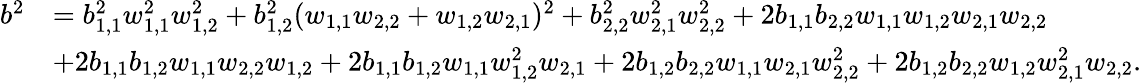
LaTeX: \begin{array}{rl}{b^{2}}&{=b_{1,1}^{2}w_{1,1}^{2}w_{1,2}^{2}+b_{1,2}^{2}(w_{1,1}w_{2,2}+w_{1,2}w_{2,1})^{2}+b_{2,2}^{2}w_{2,1}^{2}w_{2,2}^{2}+2b_{1,1}b_{2,2}w_{1,1}w_{1,2}w_{2,1}w_{2,2}}\\ &{+2b_{1,1}b_{1,2}w_{1,1}w_{2,2}w_{1,2}+2b_{1,1}b_{1,2}w_{1,1}w_{1,2}^{2}w_{2,1}+2b_{1,2}b_{2,2}w_{1,1}w_{2,1}w_{2,2}^{2}+2b_{1,2}b_{2,2}w_{1,2}w_{2,1}^{2}w_{2,2}.}\end{array}